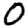
Digit: 0